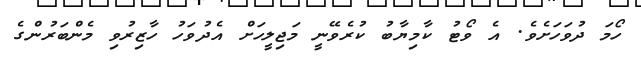
ހޯމަ ދުވަހަށެވެ. އެ ވޯޓު ކާމިޔާބު ކުރެވޭނީ މަޖިލީހަށް އެދުވަހު ހާޒިރުވި މެންބަރުންގެ